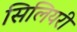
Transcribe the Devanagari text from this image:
सिलियरी